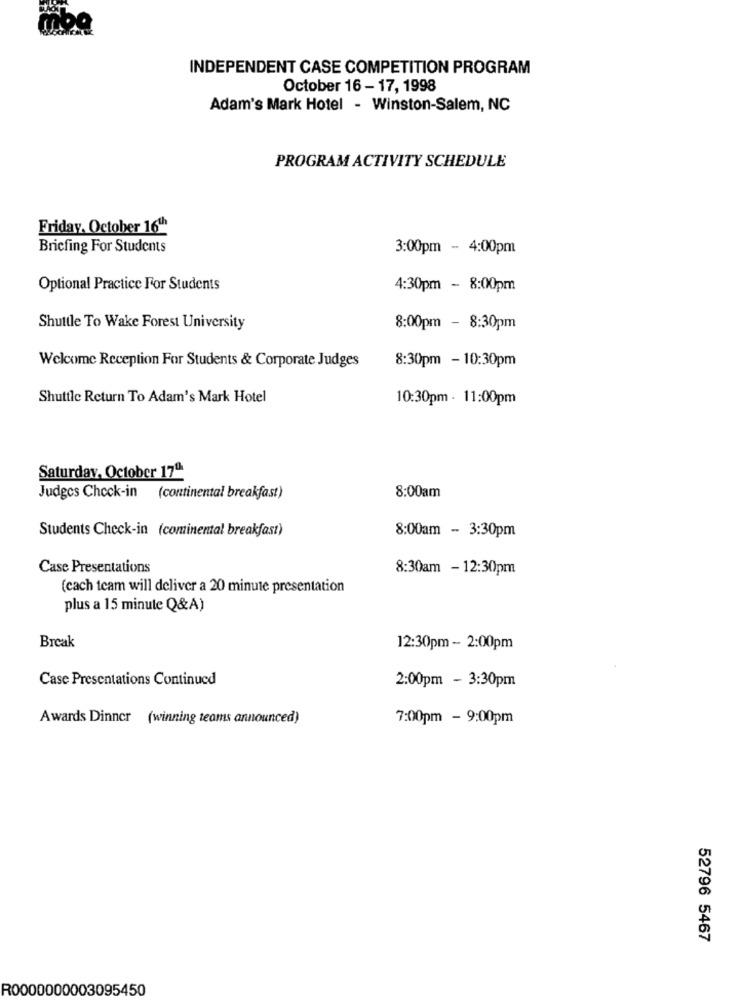
INDEPENDENT CASE COMPETITION PROGRAM
October 16 - 17, 1998
Adam's Mark Hotel - Winston-Salem, NC
PROGRAM ACTIVITY SCHEDULE
Friday, October 16th
Briefing For Students
3:00pm - 4:00pm
Optional Practice For Students
4:30pm - 8:00pm
Shuttle To Wake Forest University
8:00pm - 8:30pm
8:30pm - 10:30pm
Welcome Reception For Students & Corporate Judges
Shuttle Return To Adam's Mark Hotel
10:30pm - 11:00pm
Saturday, October 17"
Judges Check-in (continental breakfast)
8:00am
Students Check-in (cominental breakfast)
8:00am - 3:30pm
Case Presentations
8:30am -12:30pm
(cach team will deliver a 20 minute presentation
plus a 15 minute Q&A)
Break
12:30pm - 2:00pm
Case Presentations Continued
2:00pm - 3:30pm
Awards Dinner (winning teams announced)
7:00pm - 9:00pm
52796 5467
R0000000003095450